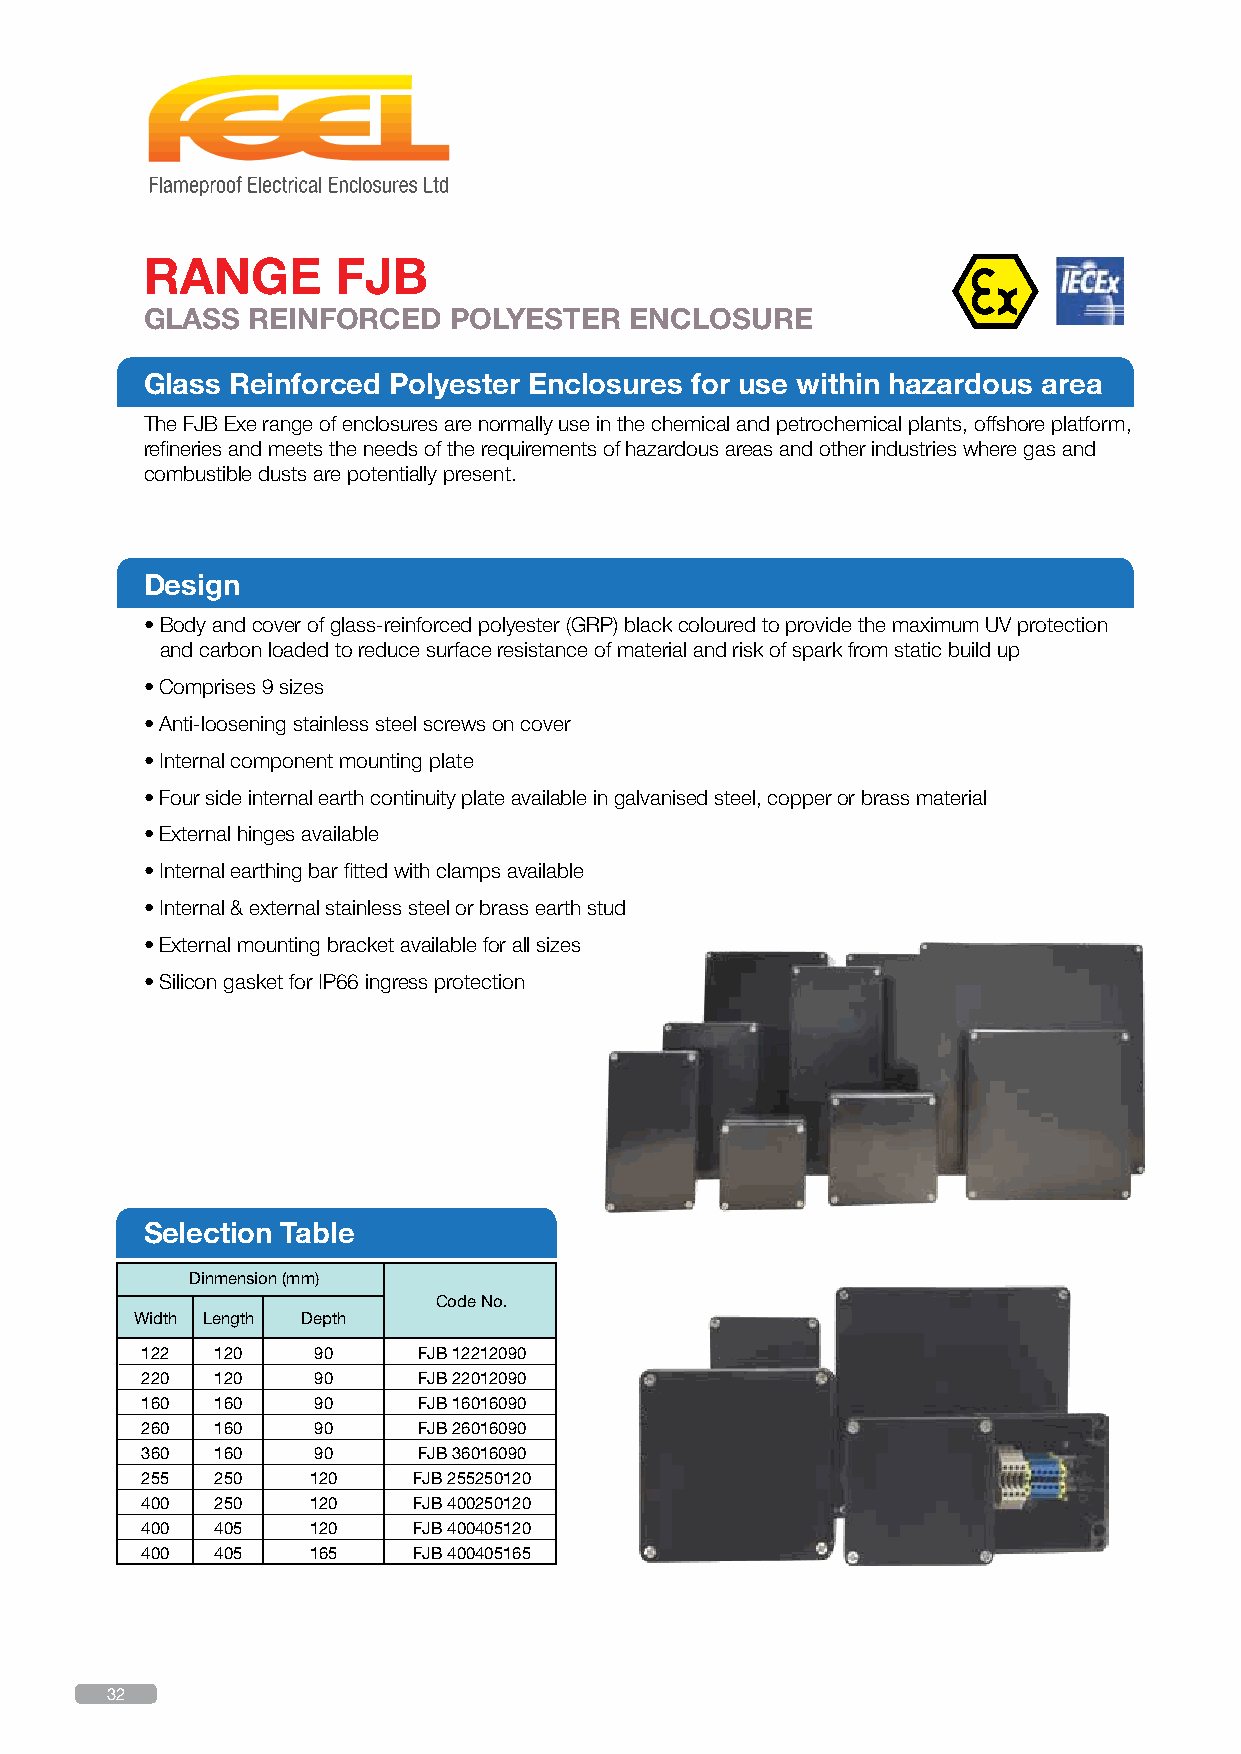
RANGE       FJB
 GLASS REINFORCED    POLYESTER   ENCLOSURE
 Glass Reinforced Polyester Enclosures for use within hazardous area
 The FJB Exe range of enclosures are normally use in the chemical and petrochemical plants, offshore platform,
 refineries and meets the needs of the requirements of hazardous areas and other industries where gas and
 combustible dusts are potentially present.
 Design
 • Body and cover of glass-reinforced polyester (GRP) black coloured to provide the maximum UV protection
 and carbon loaded to reduce surface resistance of material and risk of spark from static build up
 • Comprises 9 sizes
 • Anti-loosening stainless steel screws on cover
 • Internal component mounting plate
 • Four side internal earth continuity plate available in galvanised steel, copper or brass material
 • External hinges available
 • Internal earthing bar fitted with clamps available
 • Internal & external stainless steel or brass earth stud
 • External mounting bracket available for all sizes
 • Silicon gasket for IP66 ingress protection
 Selection Table
 Dinmension (mm)
 Code No.
 Width Length Depth
 122  120    90     FJB 12212090
 220  120    90     FJB 22012090
 160  160    90     FJB 16016090
 260  160    90     FJB 26016090
 360  160    90     FJB 36016090
 255  250   120    FJB 255250120
 400  250   120    FJB 400250120
 400  405   120    FJB 400405120
 400  405   165    FJB 400405165
 32